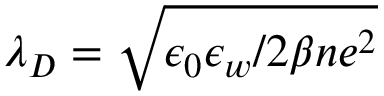
\lambda _ { D } = \sqrt { \epsilon _ { 0 } \epsilon _ { w } / 2 \beta n e ^ { 2 } }